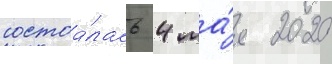
состоа́лась 4 ма́я 2020